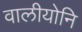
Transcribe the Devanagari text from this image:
वालीयोनि